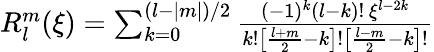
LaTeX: \begin{array}{r}{R_{l}^{m}(\xi)=\sum_{k=0}^{(l-\vert m\vert)/2}\frac{(-1)^{k}(l-k)!\, \xi^{l-2k}}{k!\left[\frac{l+m}{2}-k\right]!\left[\frac{l-m}{2}-k\right]!}}\end{array}